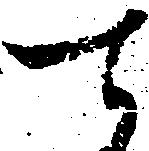
て